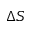
\Delta S